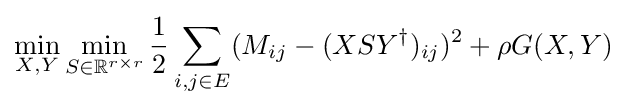
\min _{X,Y}\min _{S\in \mathbb {R} ^{r\times r}}{\frac {1}{2}}\sum _{i,j\in E}(M_{ij}-(XSY^{\dagger })_{ij})^{2}+\rho G(X,Y)